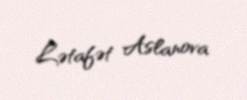
Lətafət Aslanova